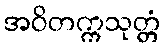
အဝိတက္ကသုတ္တံ